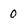
Character: 0